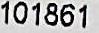
101861